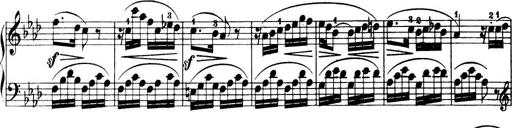
Title: 32 Sonatinas and Rondos for the Piano
Composer: Richard Kleinmichel